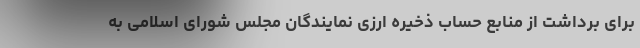
برای برداشت از منابع حساب ذخیره ارزی نمایندگان مجلس شورای اسلامی به